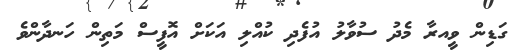
ގަޑިން ވީއރާ މެދު ސުވާލު އުފެދި ކުއްލި އަކަށް އޮފީސް މަތިން ހަނދާންވެ